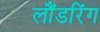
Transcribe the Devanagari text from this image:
लौंडरिंग